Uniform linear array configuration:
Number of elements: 48
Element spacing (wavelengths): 0.5
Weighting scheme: binomial
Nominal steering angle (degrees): -15
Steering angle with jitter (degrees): -15.208
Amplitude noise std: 0.05
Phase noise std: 0.05

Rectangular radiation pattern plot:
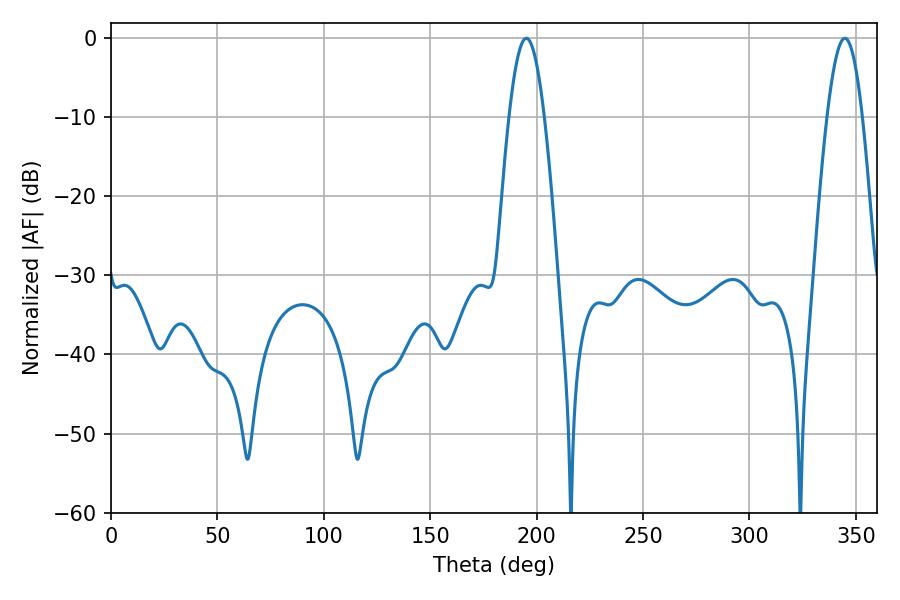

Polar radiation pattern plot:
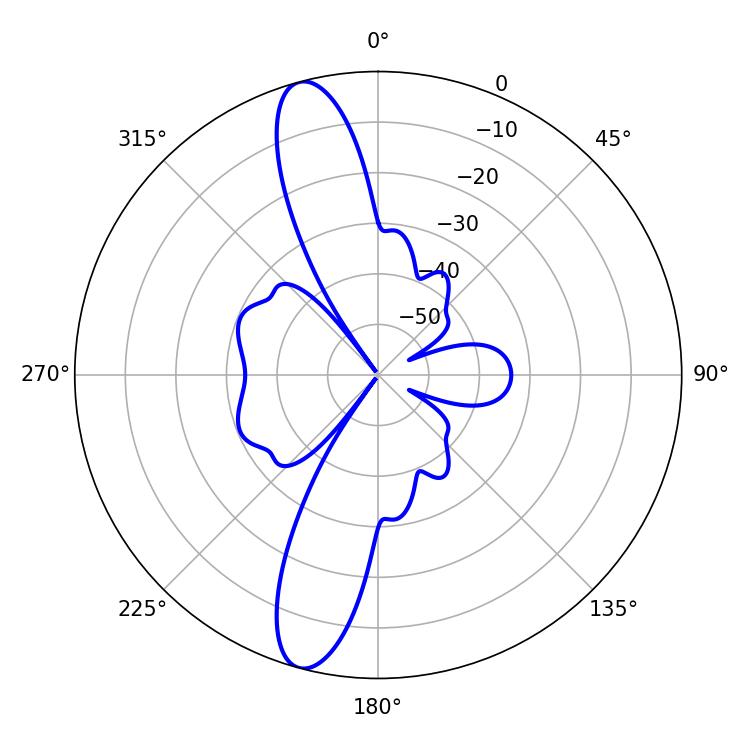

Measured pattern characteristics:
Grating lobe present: FALSE
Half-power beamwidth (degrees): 8.82
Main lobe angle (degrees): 195.12